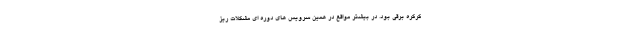
کرکره برقی بود. در بیشتر مواقع در همین سرویس های دوره ای مشکلات ریز